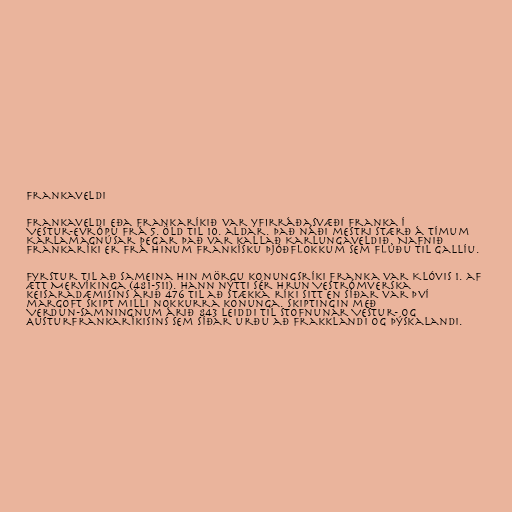
Frankaveldi

Frankaveldi eða Frankaríkið var yfirráðasvæði Franka í
Vestur-Evrópu frá 5. öld til 10. aldar. Það náði mestri stærð á tímum
Karlamagnúsar þegar það var kallað Karlungaveldið. Nafnið
Frankaríki er frá hinum frankísku þjóðflokkum sem flúðu til Gallíu.

Fyrstur til að sameina hin mörgu konungsríki Franka var Klóvis 1. af
ætt Mervíkinga (481-511). Hann nýtti sér hrun Vestrómverska
keisaradæmisins árið 476 til að stækka ríki sitt en síðar var því
margoft skipt milli nokkurra konunga. Skiptingin með
Verdun-samningnum árið 843 leiddi til stofnunar Vestur- og
Austurfrankaríkisins sem síðar urðu að Frakklandi og Þýskalandi.